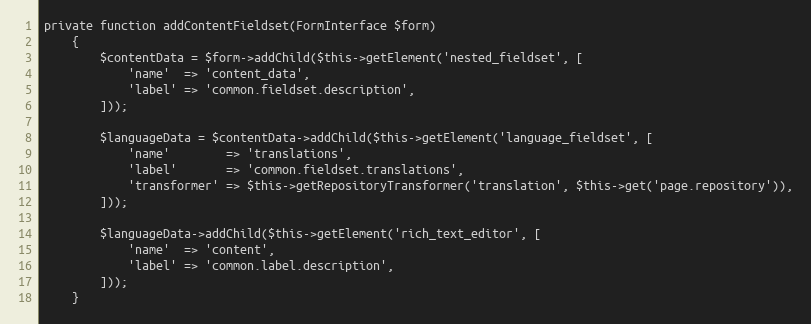
Language: PHP
private function addContentFieldset(FormInterface $form)
    {
        $contentData = $form->addChild($this->getElement('nested_fieldset', [
            'name'  => 'content_data',
            'label' => 'common.fieldset.description',
        ]));

        $languageData = $contentData->addChild($this->getElement('language_fieldset', [
            'name'        => 'translations',
            'label'       => 'common.fieldset.translations',
            'transformer' => $this->getRepositoryTransformer('translation', $this->get('page.repository')),
        ]));

        $languageData->addChild($this->getElement('rich_text_editor', [
            'name'  => 'content',
            'label' => 'common.label.description',
        ]));
    }